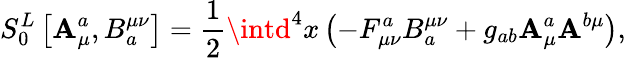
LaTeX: S_{0}^{L}\left[\mathbf{A}_{\mu}^{a},B_{a}^{\mu\nu}\right]=\frac{1}{2}\intd^{4}x\left(-F_{\mu\nu}^{a}B_{a}^{\mu\nu}+g_{ab}\mathbf{A}_{\mu}^{a}\mathbf{A}^{b\mu}\right),